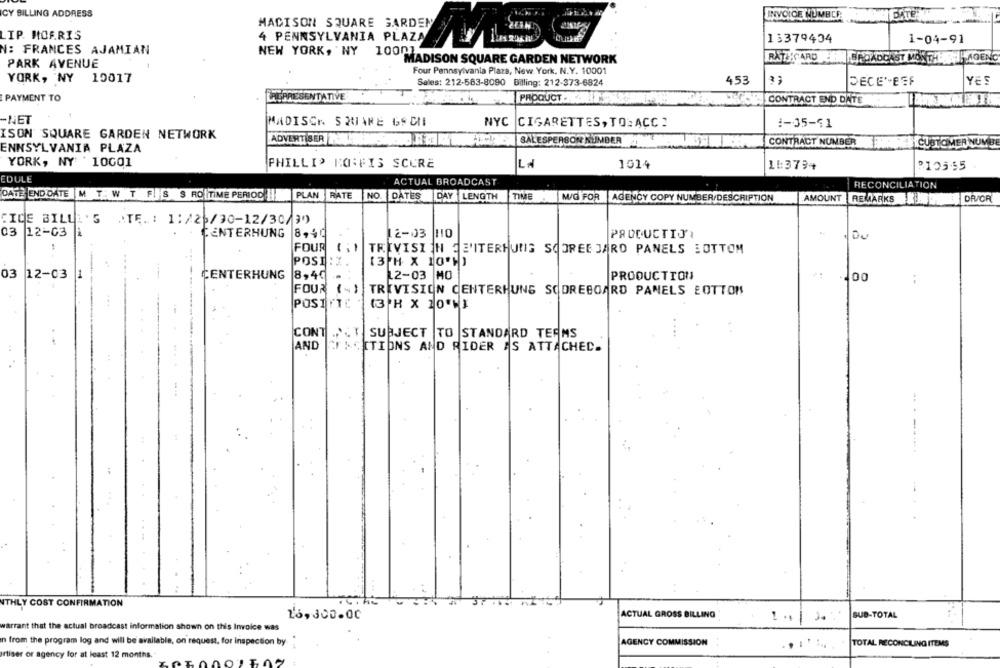
CY BILLING ADDRESS
INVOICE NUMBER:
MADISON SQUARE GARDEN
LIP. MORRIS
4 PENNSYLVANIA PLAZA
13379434
1-04-91
N: FRANCES AJAMIAN
NEW YORK, NY 10007
MADISON SQUARE GARDEN NETWORK
RATICARD BM BROADCAST MONTHHIER HAGENC
PARK AVENUE
Four Pennsylvania Plaza, New York, N.Y. 10001
YORK, NY
10017
453
Sales: 212-563-8090 Billing: 212-373-6824
DECE'-ESF
YES
PAYMENT TO
REPRESENTATIVE
PRODUCT .
CONTRACT END DATE
-NET
MADISON SQUARE GS CH
NYC
CIGARETTES, TO: ACC ?
1-05-51
ISON SQUARE GARDEN NETWORK
ADVERTISER
SALESPERSON NUMBER
CONTRACT NUMBER
CUSTOMER NUM BE
ENNSYLVANIA PLAZA
YORK, NY 10001
PHILLIP KONFIS SCURE
1014
11:3794
P105-55
EDULE
ACTUAL BROADCAST
RECONCILIATION
DATE ENDDATE M T. W T F. S S RO|TIME PERIOD ||PLAN RATE
NO. DATES DAY LENGTH
TIME
M/G FOR AGENCY COPY NUMBER/DESCRIPTION
AMOUNT REMARKS JO
DAVOR
CICE BILLE 'S
ATĘ. : 1:/20/30-12/30/30)
03 12-03 1
CENTERHUNG
8,40
2-03 110
PRODUCTIJI
.Du
FOUR (:1
TRIVISI IN JE'ITERHUNG SCOREE JARO PANELS BOTTOM
POSI:X
(3 H X 10')
03
12-03
11
CENTERHUNG
8,49
2-03 MO
PRODUCTION
.. 00
:
FOUR (-)
TRIVISION CENTERHUNG SCOREBOARD PANELS BOTTOM
POSITIC
13 H X 20 ℃)
CONT
SUBJECT TO STANDARD TERMS
AND
TWOITIONS AND RIDER AS ATTACHED.
NTHLY COST CONFIRMATION
ACTUAL GROSS BILLING
SUB-TOTAL
16,300.00
warrant that the actual broadcast information shown on this Invoice was
in from the program log and will be available, on request, for inspection by
AGENCY COMMISSION
TOTAL RECONCILING ITEMS
rtiser or agency for at least 12 months.